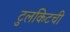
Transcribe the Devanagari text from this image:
टुलकिटची